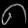
Digit: ၈